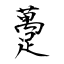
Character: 躉